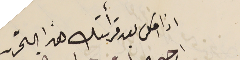
اذا امكن بعد قرأتك هذا التحرىر